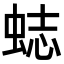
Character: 𧋺